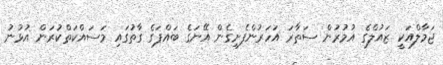
ޖަމާލްއަކީ ޒައުލްގެ އުމުރުން ސަތާރަ އަހަރުންފެށިގެން އޭނަގެ ބައްޕަގެ ގާތުގައި މަސައްކަތްކުރަން އުޅުނު